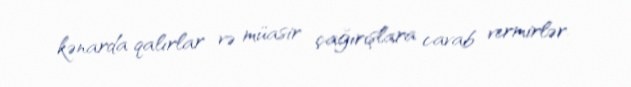
kənarda qalırlar və müasir çağırışlara cavab vermirlər.